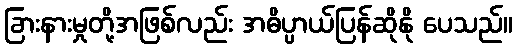
ခြားနားမှုတို့အဖြစ်လည်း အဓိပ္ပာယ်ပြန်ဆိုနို ပေသည်။